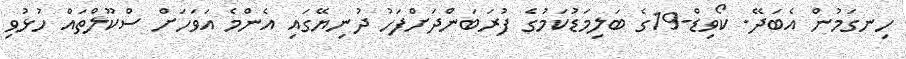
ހިނގަމުން އެބަދޭ. ކޯވިޑް-19ގެ ބަލިމަޑުކަމުގެ ފުރަބަންދަށްފަހު ދުނިޔޭގައި އެންމެ އަވަހަށް ސްކޫލްތައް ހުޅުވި